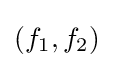
(f_{1},f_{2})